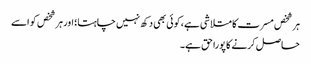
ہر شخص مسرت کا متلاشی ہے، کوئی بھی دکھ نہیں چاہتا؛ اور ہر شخص کو اسے
حاصل کرنے کا پورا حق ہے۔